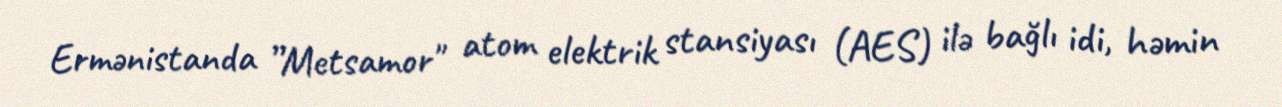
Ermənistanda ”Metsamor" atom elektrik stansiyası (AES) ilə bağlı idi, həmin